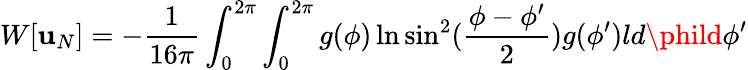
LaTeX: W[\mathbf{u}_{N}]=-{\frac{{1}}{{16\pi}}}\int_{0}^{2\pi}\int_{0}^{2\pi}g(\phi)\ln\sin^{2}({\frac{{\phi-\phi^{\prime}}}{{2}}})g(\phi^{\prime})ld\phild\phi^{\prime}